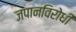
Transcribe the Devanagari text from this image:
जपानविरोधी